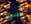
لست